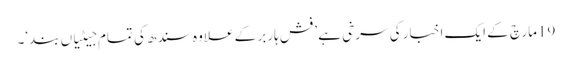
19مارچ کے ایک اخبار کی سرخی ہے ’فش ہاربر کے علاوہ سندھ کی تمام جیٹیاں بند‘۔